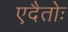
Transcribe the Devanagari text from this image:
एदैतोः